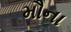
મૌના